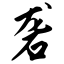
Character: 砻